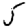
Digit: 5